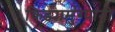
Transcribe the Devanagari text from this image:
किड्यामुंग्यानी